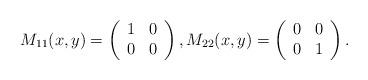
LaTeX: \begin{align*}M_{11}(x,y)=\left(\begin{array}{cc}1 & 0 \\ 0 & 0\end{array}\right), M_{22}(x,y)=\left(\begin{array}{cc}0 & 0 \\ 0 & 1\end{array}\right).\end{align*}